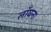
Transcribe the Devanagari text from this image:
लाँघना